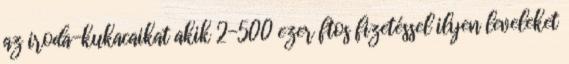
az iroda-kukacaikat akik 2-500 ezer ftos fizetéssel ilyen leveleket